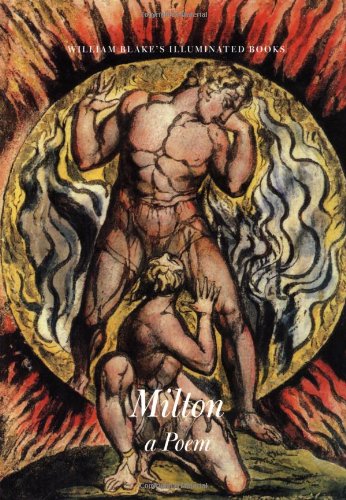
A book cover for Milton, A Poem (The Illuminated Books of William Blake, Volume 5); William Blake; Arts & Photography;